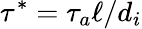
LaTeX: \tau^{*}=\tau_{a}\ell/d_{i}